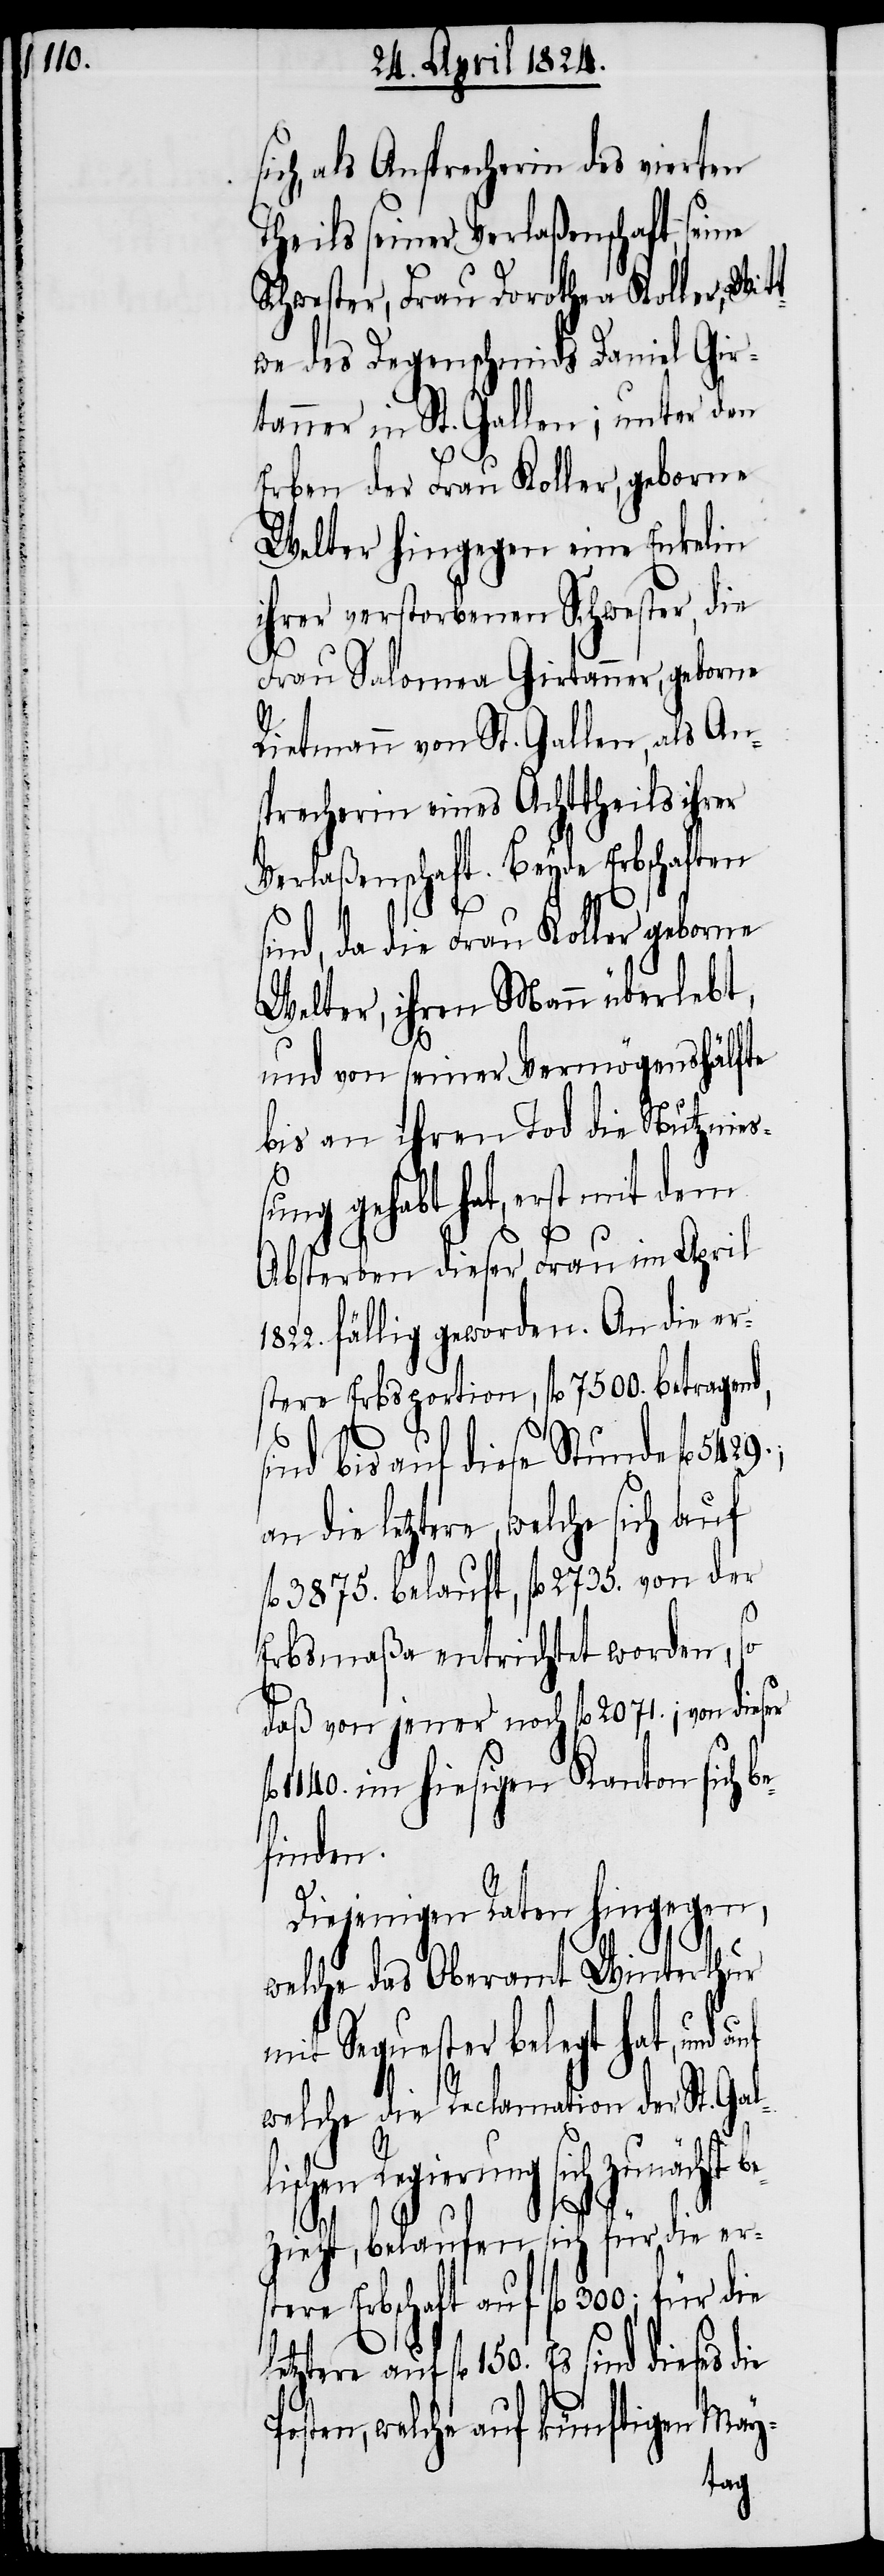
ich, als Ansprecherin des vierten
Theils seiner Verlaßenschaft, sei¬
Schwester, Frau Dorothea Koller, Wit¬
twe des Degenschmids Daniel Gir¬
tanner in St. Gallen; unter den
Erben der Frau Koller, geborene
Welter hingegen eine Enkelin
ihrer verstorbenen Schwester, die
Frau Salomea Girtanner, geborne
Rietmann von St. Gallen, als An¬
sprecherin eines Achttheils ihrer
Verlaßenschaft. Beyde Erbschaften
sind, da die Frau Koller geborene
Welter, ihren Mann überlebt,
und von seiner Vermögenshälfte
bis an ihren Tod die Nutznie¬
ßung gehabt hat, erst mit dem
Absterben dieser Frau im April
1822. fällig geworden. An die er¬
stere Erbsportion, fl. 7500. betragend,
sind bis auf diese Stunde fl.
an die letztere, welche sich auf
fl. 3875. belauft, fl. 2735. von der
ne
Erbsmaßa entrichtet worden, so
daß von jener noch fl. 2071.; von dieser
1140. im hiesigen Kanton sich b¬
lischen
Diejenigen Raten hingegen,
welche das Oberamt Winterthur
mit Sequester belegt hat, und
welche die Reclamation der St. Gal¬
Regierung sich zunächst
bezieht, belaufen sich für die ers¬
tere Erbschaft auf fl. 300; für
tere auf fl. 150. Es sind dieses
Posten, welche auf künftigen May-
letz¬